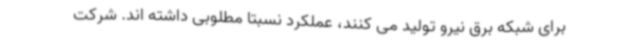
برای شبکه برق نیرو تولید می کنند، عملکرد نسبتا مطلوبی داشته اند. شرکت